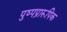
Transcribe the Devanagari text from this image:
पुष्पप्रारूपिक